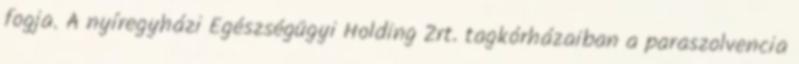
fogja. A nyíregyházi Egészségügyi Holding Zrt. tagkórházaiban a paraszolvencia